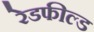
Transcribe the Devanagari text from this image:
रेडफील्ड